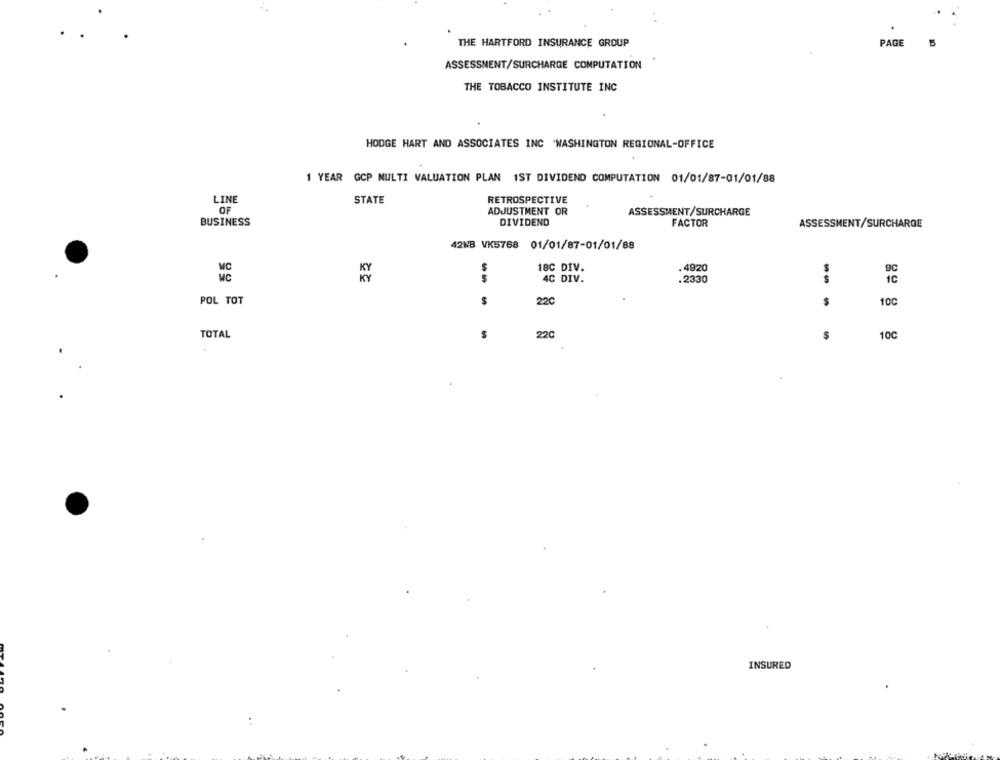
THE HARTFORD INSURANCE GROUP
PAGE
5
ASSESSMENT/SURCHARGE COMPUTATION
THE TOBACCO INSTITUTE INC
HODGE HART AND ASSOCIATES INC .WASHINGTON REGIONAL-OFFICE
1 YEAR GCP MULTI VALUATION PLAN 1ST DIVIDEND COMPUTATION 01/01/87-01/01/88
LINE
STATE
RETROSPECTIVE
OF
ADJUSTMENT OR
ASSESSMENT/SURCHARGE
DIVIDEND
BUSINESS
FACTOR
ASSESSMENT/SURCHARGE
42NB VK5768 01/01/87-01/01/88
18C DIV.
MC
S
.4920
KY
$
4C DIV.
.2330
POL TOT
22C
$
100
TOTAL
22C
10C
INSURED
..